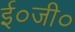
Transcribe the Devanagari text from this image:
ई०जी०